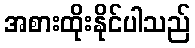
အစားထိုးနိုင်ပါသည်